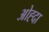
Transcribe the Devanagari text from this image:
ओह्दा